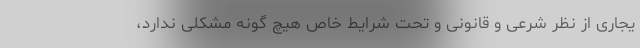
یجاری‌ از نظر شرعی و قانونی و تحت شرایط خاص هیچ گونه مشکلی ندارد،